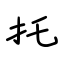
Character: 托